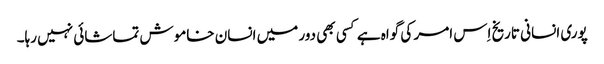
پوری انسانی تاریخ اِس امر کی گواہ ہے کسی بھی دور میں انسان خاموش تماشائی نہیں رہا۔